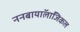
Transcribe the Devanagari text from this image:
ननबायाॅलाॅजिकल